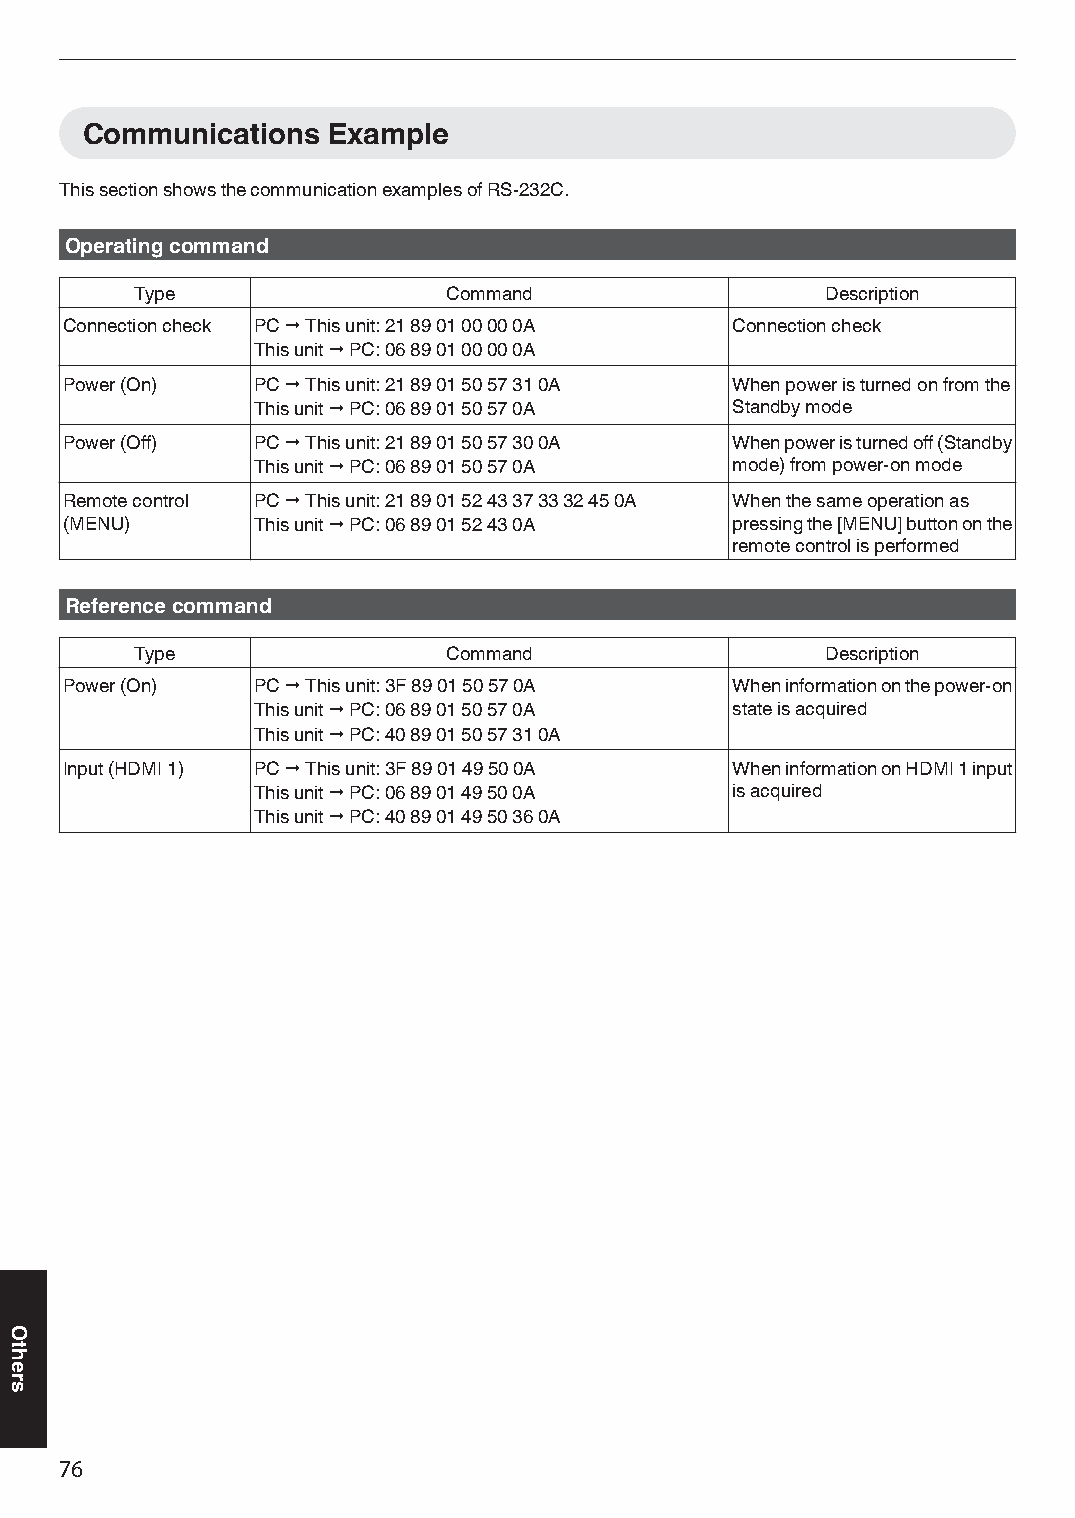
Communications   Example
 This section shows the communication examples of RS-232C.
 Operating command
 Type                 Command                  Description
 Connection check PC " This unit: 21 89 01 00 00 0A Connection check
 This unit " PC: 06 89 01 00 00 0A
 Power (On)   PC " This unit: 21 89 01 50 57 31 0A When power is turned on from the
 This unit " PC: 06 89 01 50 57 0A Standby mode
 Power (Off)  PC " This unit: 21 89 01 50 57 30 0A When power is turned off (Standby
 This unit " PC: 06 89 01 50 57 0A mode) from power-on mode
 Remote control PC " This unit: 21 89 01 52 43 37 33 32 45 0A When the same operation as
 (MENU)       This unit " PC: 06 89 01 52 43 0A pressing the [MENU] button on the
 remote control is performed
 Reference command
 Type                 Command                  Description
 Power (On)   PC " This unit: 3F 89 01 50 57 0A When information on the power-on
 This unit " PC: 06 89 01 50 57 0A state is acquired
 This unit " PC: 40 89 01 50 57 31 0A
 Input (HDMI 1) PC " This unit: 3F 89 01 49 50 0A When information on HDMI 1 input
 This unit " PC: 06 89 01 49 50 0A is acquired
 This unit " PC: 40 89 01 49 50 36 0A
 76
 Others